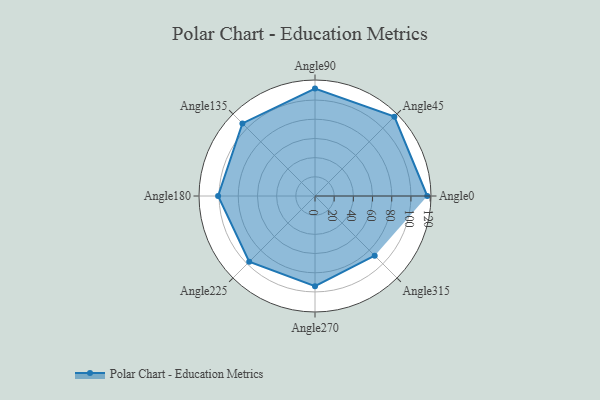
{"axis": {"x": "Angle", "y": "Radius"}, "legend": [""], "data": [{"x": "Angle0", "y": 117.0, "type": ""}, {"x": "Angle45", "y": 117.0, "type": ""}, {"x": "Angle90", "y": 112.0, "type": ""}, {"x": "Angle135", "y": 107.0, "type": ""}, {"x": "Angle180", "y": 101.0, "type": ""}, {"x": "Angle225", "y": 97.0, "type": ""}, {"x": "Angle270", "y": 94.0, "type": ""}, {"x": "Angle315", "y": 88.0, "type": ""}]}